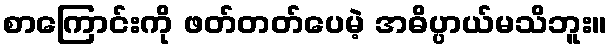
စာကြောင်းကို ဖတ်တတ်ပေမဲ့ အဓိပ္ပာယ်မသိဘူး။